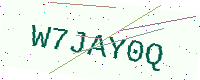
Text: W7JAY0Q